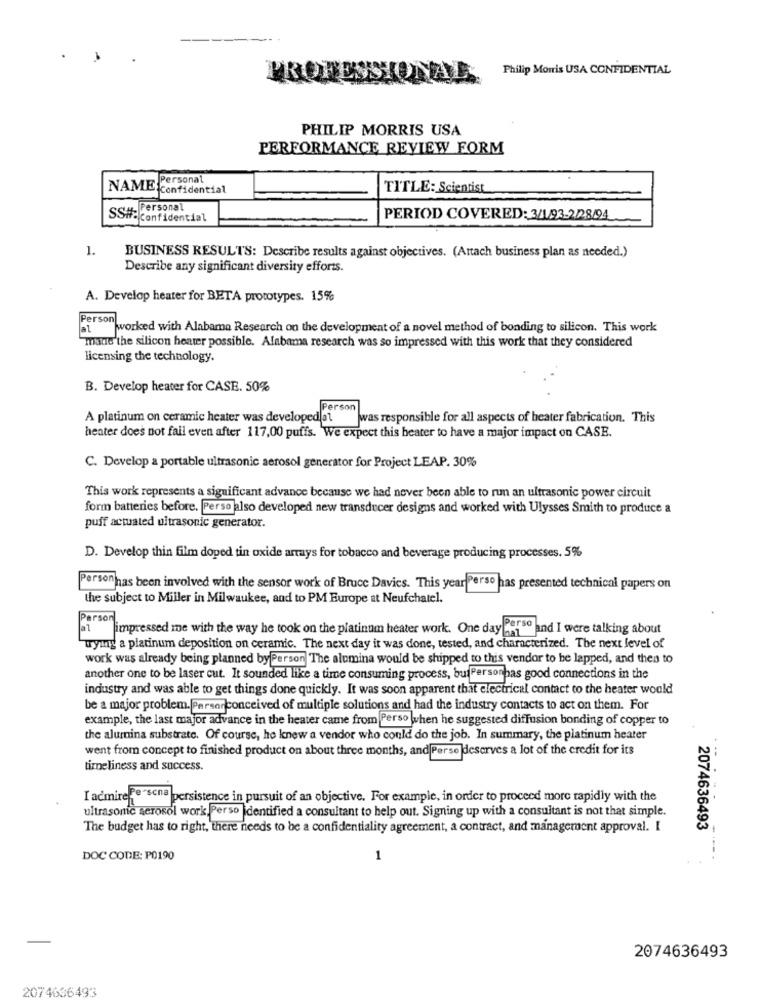
Philip Morris USA CONFIDENTIAL
PROFESSIONAL
PHILIP MORRIS USA
PERFORMANCE REVIEW FORM
NAME Personal
Confidential
TITLE: Scientist
SSH- Personal
Confidential
PERIOD COVERED: 3/1/93-2228/94
1.
BUSINESS RESULT'S: Describe results against objectives. (Attach business plan as needed.)
Describe any significant diversity efforts.
A. Develop heater for BETA prototypes. 15%
Person worked with Alabama Research on the development of a novel method of bonding to silicon. This work
mane the silicon heater possible. Alabama research was so impressed with this work that they considered
licensing the technology.
B. Develop heater for CASE. 50%
Person
A platinum on ceramic heater was developedal was responsible for all aspects of heater fabrication. This
heater does not fail even after 117,00 puffs. We expect this heater to have a major impact on CASE.
C. Develop a portable ultrasonic aerosol generator for Project LEAP. 30%
This work represents a significant advance because we had never been able to run an ultrasonic power circuit
form batteries before. Perso also developed new transducer designs and worked with Ulysses Smith to produce a
puff actuated ultrasonic generator.
D. Develop thin film doped tin oxide arrays for tobacco and beverage producing processes. 5%
Person has been involved with the sensor work of Bruce Davics. This year Perso has presented technical papers on
the subject to Miller in Milwaukee, and to PM Europe at Neufchatel.
Person
at impressed me with the way he took on the platinum heater work. One day " and I were talking about
Tymg a platinum deposition on ceramic. The next day it was done, tested, and characterized. The next level of
work was already being planned by Person The alumina would be shipped to this vendor to be lapped, and then to
another one to be laser cut. It sounded like a time consuming process, buiPersonhas good connections in the
industry and was able to get things done quickly. It was soon apparent that electrical contact to the heater would
be a major problem. Persorconceived of multiple solutions and had the industry contacts to act on them. For
example, the last major advance in the heater came from Perso when he suggested diffusion bonding of copper to
the alumina substrate. Of course, he knew a vendor who could do the job. In summary, the platinum heater
went from concept to finished product on about three months, and Perse deserves a lot of the credit for its
time liness and success.
I admire"e "scna persistence in pursuit of an objective. For example, in order to proceed more rapidly with the
ultrasonic aerosol work, Perso identified a consultant to help out. Signing up with a consultant is not that simple.
The budget has to right, there needs to be a confidentiality agreement, a contract, and management approval. I
2074636493
----
DOC CODE: P0190
1
2074636493
2074636493